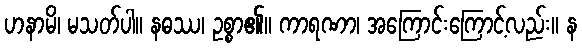
ဟနာမိ၊ မသတ်ပါ။ နဓဿ၊ ဥစ္စာ၏။ ကာရဏာ၊ အကြောင်းကြောင့်လည်း။ န